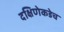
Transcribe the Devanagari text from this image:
दक्षिणेकडेच